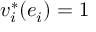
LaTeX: v _ { i } ^ { * } ( e _ { i } ) = 1